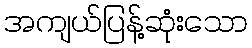
အကျယ်ပြန့်ဆုံးသော